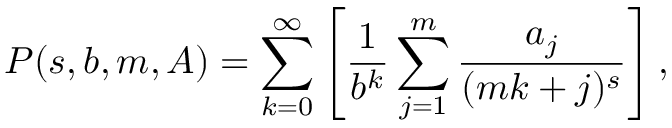
P ( s , b , m , A ) = \sum _ { k = 0 } ^ { \infty } \left[ { \frac { 1 } { b ^ { k } } } \sum _ { j = 1 } ^ { m } { \frac { a _ { j } } { ( m k + j ) ^ { s } } } \right] ,